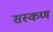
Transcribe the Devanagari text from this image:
सस्कण